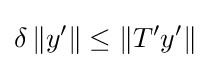
\delta \left\|y'\right\|\leq \left\|T'y'\right\|